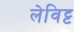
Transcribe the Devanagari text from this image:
लेविट्ट